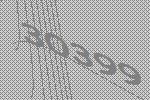
30399